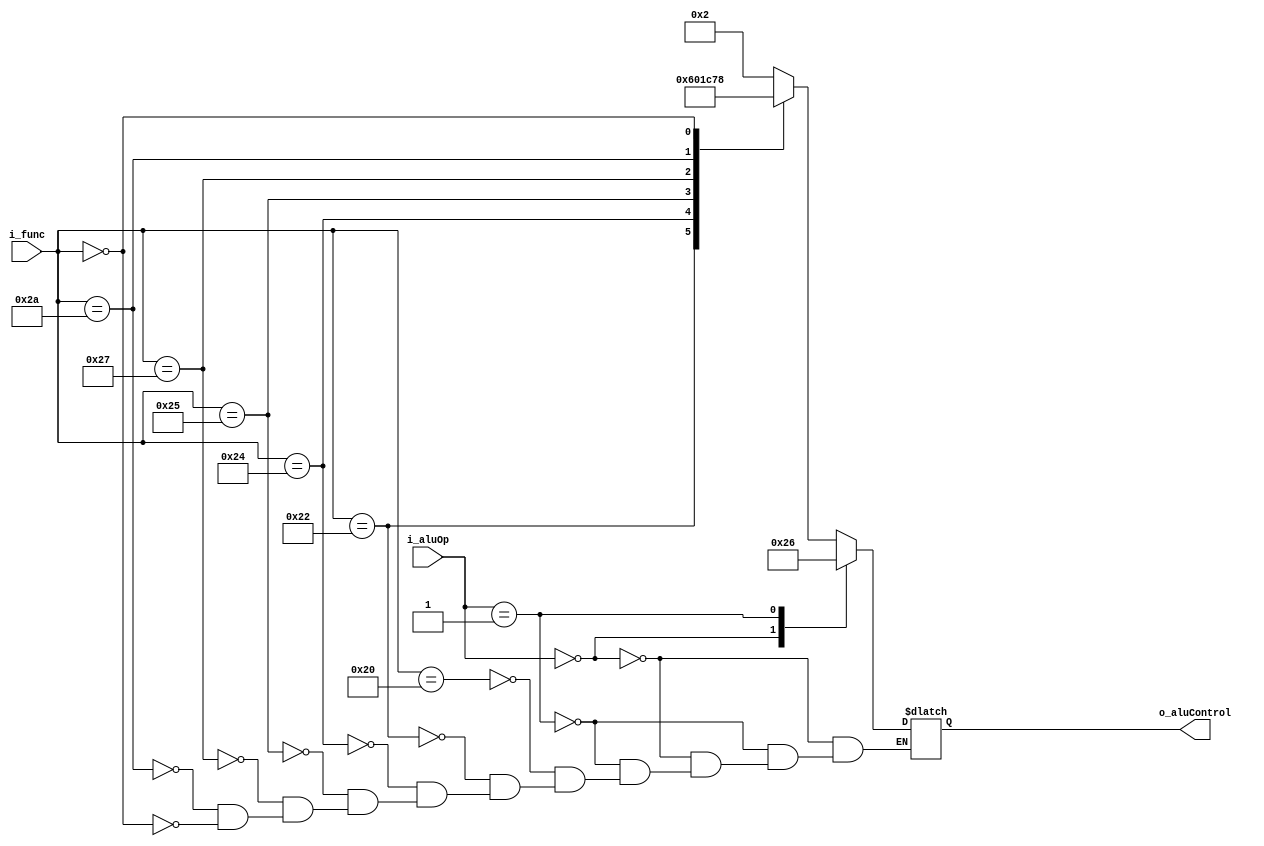
module aluControl(i_aluOp, i_func, o_aluControl);
 
input       [1:0]   i_aluOp;
input       [5:0]   i_func;
output  reg [3:0]   o_aluControl;

localparam AND = 4'b0000, OR = 4'b0001, ADD = 4'b0010;
localparam SUB = 4'b0110, SOLT = 4'b0111, NOR = 4'b1100;
localparam SLL = 4'b1000;

always@(*)begin
	case (i_aluOp)
		2'b00: o_aluControl = ADD; //lw,sw
		2'b01: o_aluControl = SUB; //beq
		default:case(i_func)
			6'h20: o_aluControl = ADD;
			6'h22: o_aluControl = SUB;
			6'h24: o_aluControl = AND;
			6'h25: o_aluControl = OR;
			6'h27: o_aluControl = NOR;
			6'h2A: o_aluControl = SOLT;
			6'h00: o_aluControl = SLL;
		endcase // i_func
	endcase // i_aluOp
end
endmodule